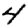
Digit: 4